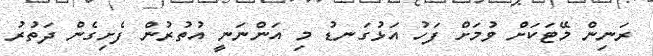
ރަނިން މޭޓަކަށް ވުމަށް ފަހު އަޅުގަނޑު މި އަންނަނީ އުތުރުން ފެށިގެން ދަތުރު